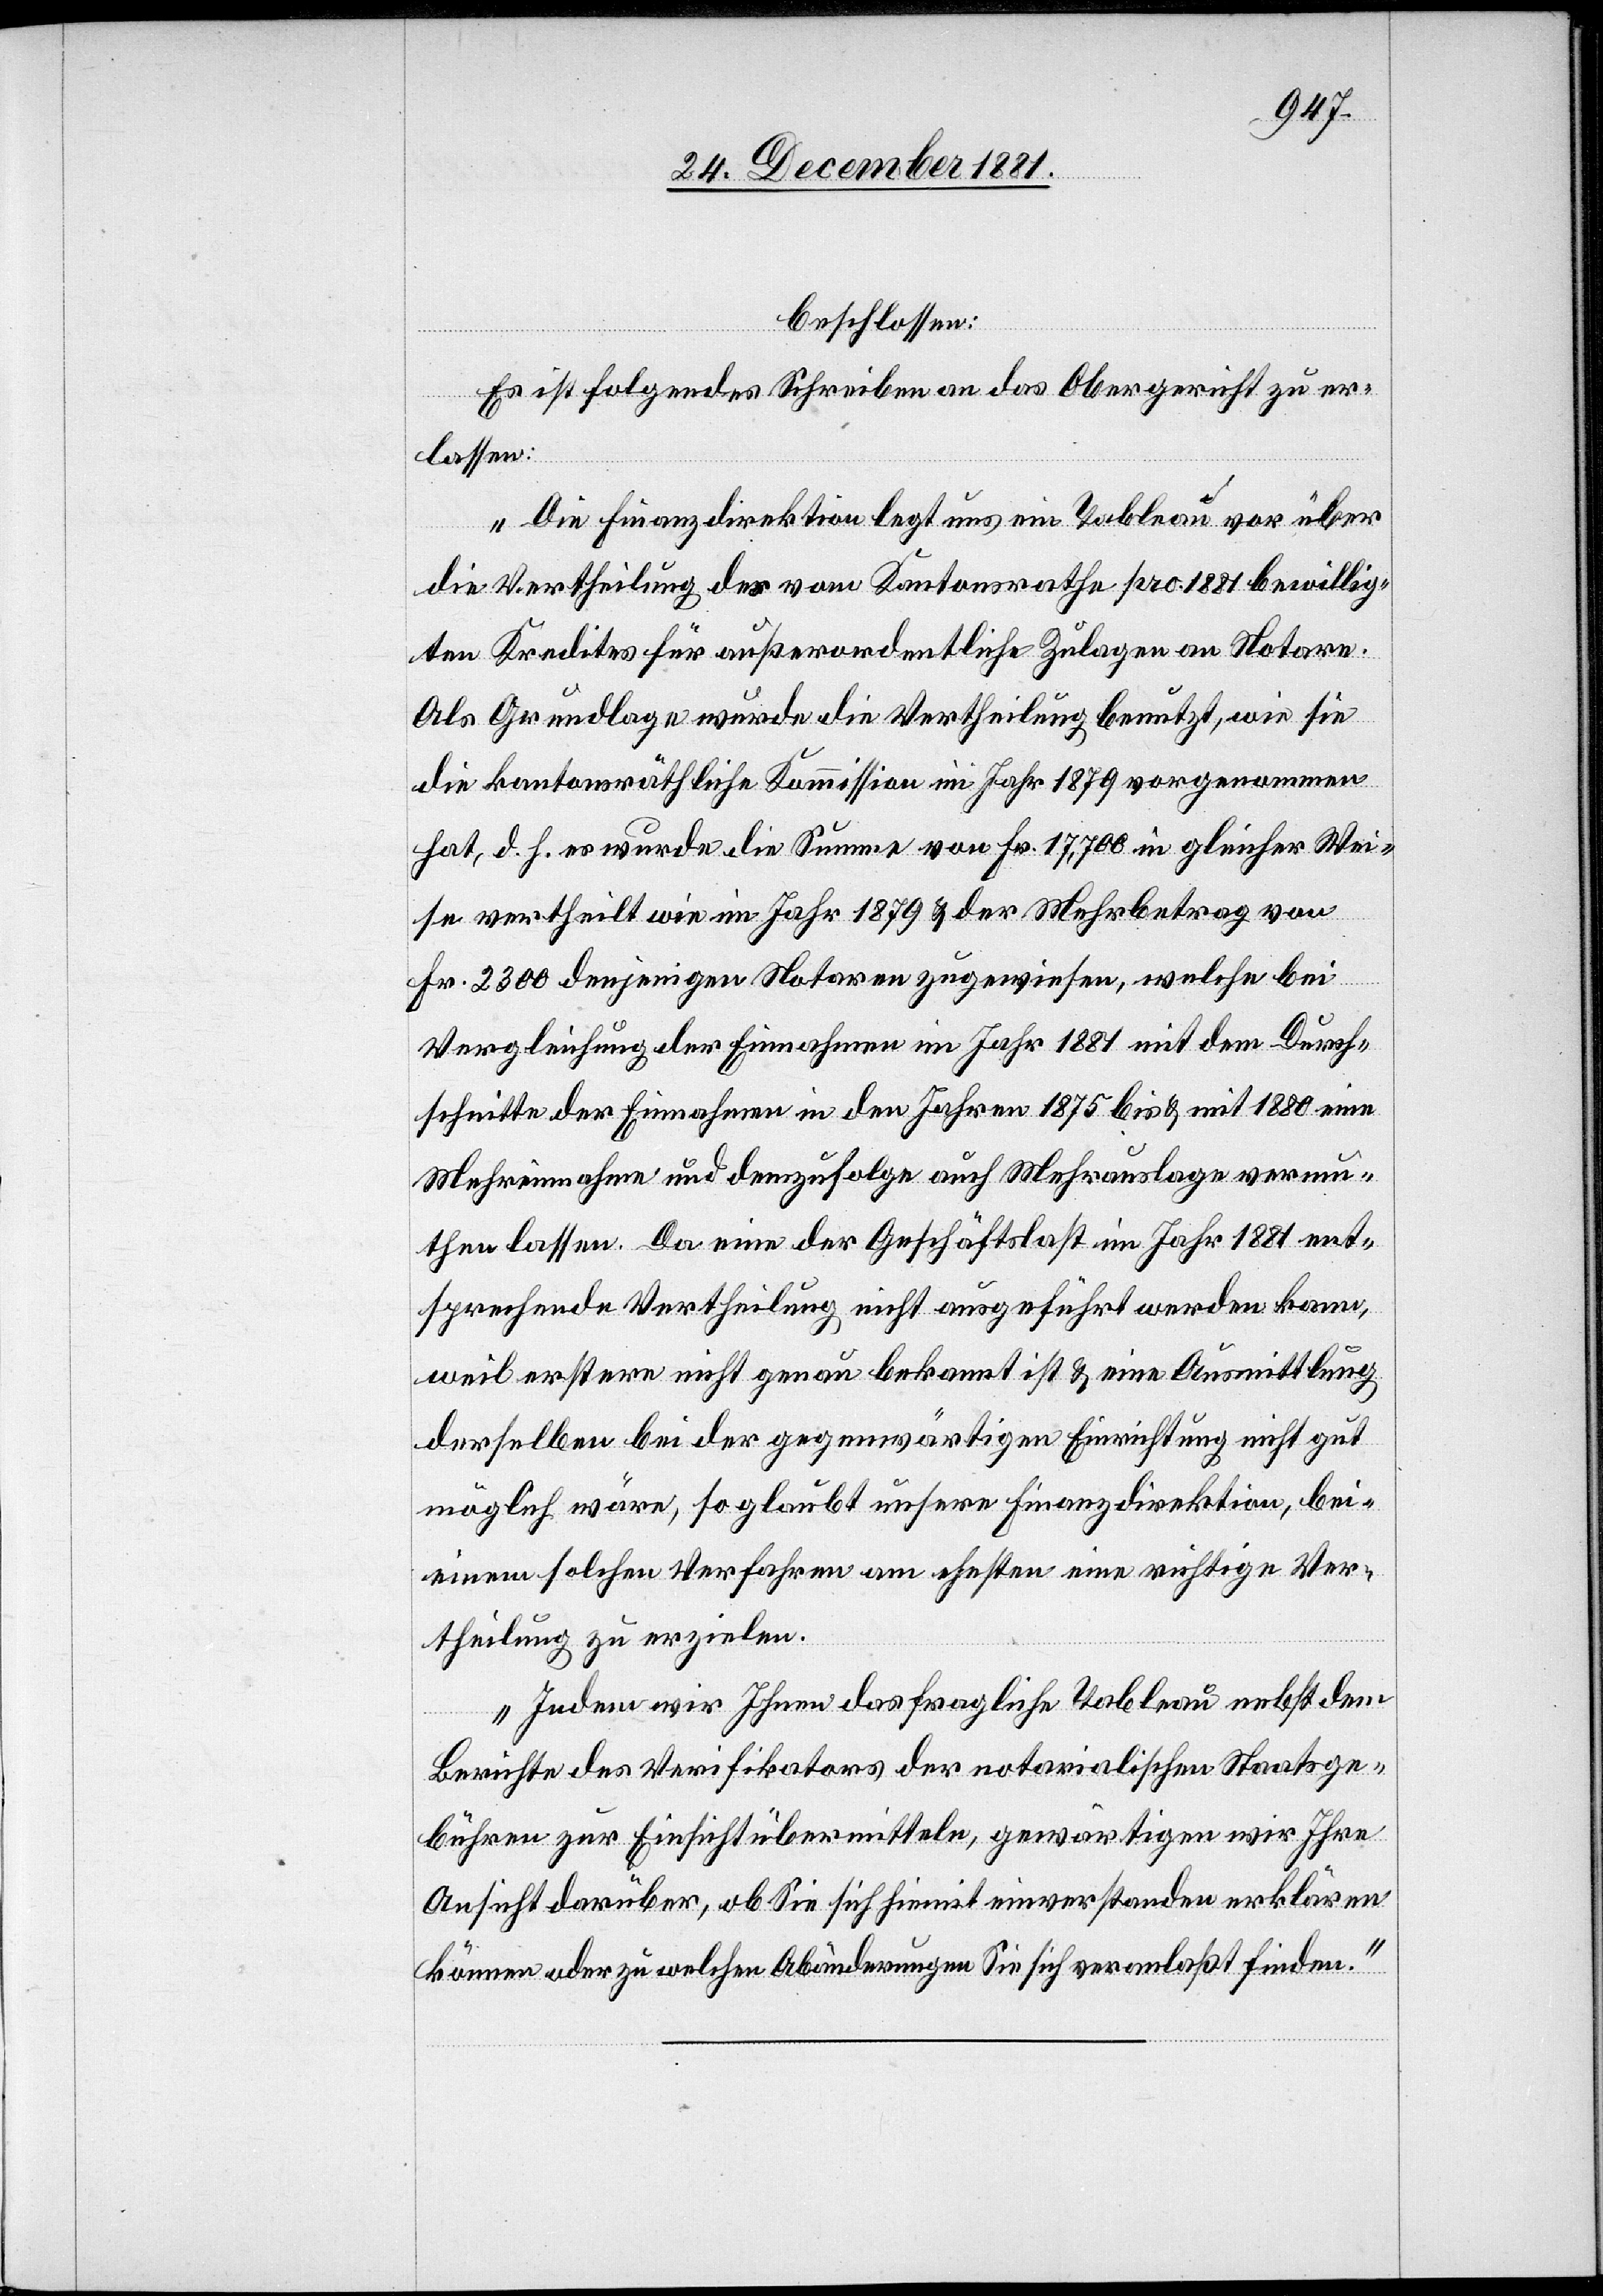
beschlossen:
Es ist folgendes Schreiben an das Obergericht zu er¬
lassen:
„Die Finanzdirektion legt uns ein Tableau vor über
die Vertheilung des vom Kantonsrathe pro 1881 bewillig¬
ten Kredites für außerordentliche Zulagen an Notare.
Als Grundlage wurde die Vertheilung benutzt, wie sie
die kantonsräthliche Kommission im Jahr 1879 vorgenommen
hat, d. h. es wurde die Summe von Fr. 17,700 in gleicher Wei¬
se vertheilt wie im Jahr 1879 & der Mehrbetrag von
Fr. 2300 denjenigen Notaren zugewiesen, welche bei
Vergleichung der Einnahmen im Jahr 1881 mit dem Durch¬
schnitte der Einnahmen in den Jahren 1875 bis & mit 1880 eine
Mehreinnahme und demzufolge auch Mehrauslage vermu¬
then lassen. Da eine der Geschäftslast im Jahr 1881 ent¬
sprechende Vertheilung nicht ausgeführt werden kann,
weil erstere nicht genau bekannt ist & eine Ausmittlung
derselben bei der gegenwärtigen Einrichtung nicht gut
möglich wäre, so glaubt unsere Finanzdirektion, bei
einem solchen Verfahren am ehesten eine richtige Ver¬
theilung zu erzielen.
Indem wir Ihnen das fragliche Tableau nebst dem
Berichte des Verifikators der notarialischen Staatsge¬
bühren zur Einsicht übermitteln, gewärtigen wir Ihre
Ansicht darüber, ob Sie sich hiemit einverstanden erklären
können oder zu welchen Abänderungen Sie sich veranlaßt finden.“